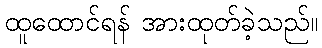
ထူထောင်ရန် အားထုတ်ခဲ့သည်။